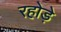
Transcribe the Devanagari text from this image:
रहोड़े